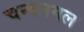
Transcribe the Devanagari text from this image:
चन्दनमल